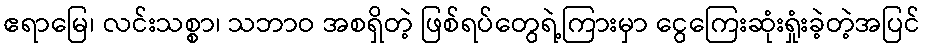
ဧရာမြေ၊ လင်းသစ္စာ၊ သဘာဝ အစရှိတဲ့ ဖြစ်ရပ်တွေရဲ့ကြားမှာ ငွေကြေးဆုံးရှုံးခဲ့တဲ့အပြင်